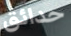
حدائق